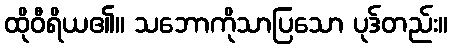
ထိုဝီရိယ၏။ သဘောကိုသာပြသော ပုဒ်တည်း။